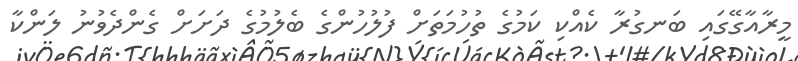
މީރާއާގޭގައި ބަނގުރާ ކެއްކި ކަމުގެ ތުހުމަތަށް ފުލުހުންގެ ބެލުމުގެ ދަށަށް ގެންދެވުނު ލަންކާ